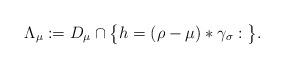
LaTeX: \begin{align*}\Lambda_{\mu}:=D_{\mu} \cap \big \{ h = (\rho-\mu)*\gamma_{\sigma} : \big \}.\end{align*}